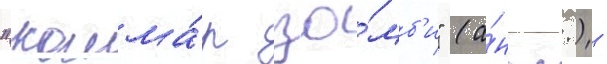
"кошма́р зо́мб'и" (а́нгл.) -